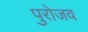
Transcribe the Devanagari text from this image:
पुरोजव